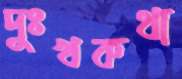
দুঃখকথা